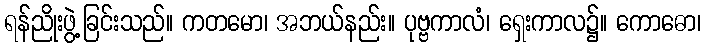
ရန်ညိုးဖွဲ့ခြင်းသည်။ ကတမော၊ အဘယ်နည်း။ ပုဗ္ဗကာလံ၊ ရှေးကာလ၌။ ကောဓော၊